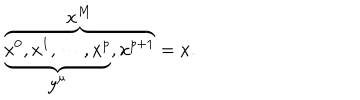
LaTeX: \overbrace { \underbrace { x ^ { 0 } , x ^ { 1 } , \cdots , x ^ { p } } _ { \displaystyle { y ^ { \mu } } } , x ^ { p + 1 } } ^ { \displaystyle { x ^ { M } } } = x .